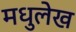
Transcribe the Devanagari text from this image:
मधुलेख